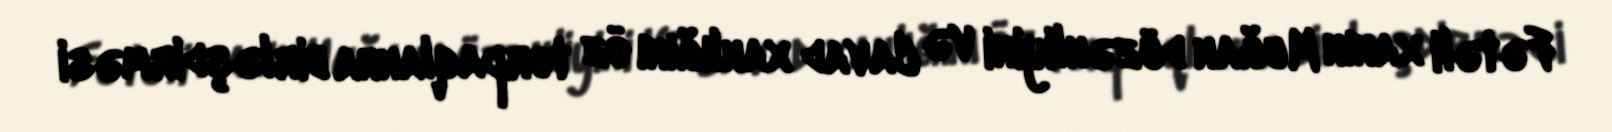
Fətəli xanın Muğan düzənliyini və Cavad xanlığını öz torpaqlanna birləşdirməsi